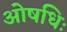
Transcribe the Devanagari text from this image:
ओषधिः